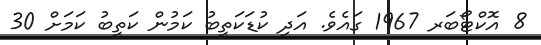
8 އޮކްޓޯބަރ 1967 ގައެވެ. އަދި ކުޑަކަތީބު ކަމުން ކަތީބު ކަމަށް 30